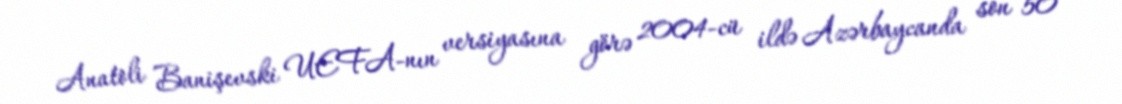
Anatoli Banişevski UEFA-nın versiyasına görə 2004-cü ildə Azərbaycanda son 50